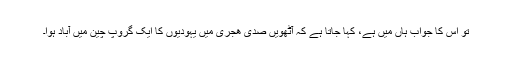
تو اس کا جواب ہاں میں ہے، کہا جاتا ہے کہ آٹھویں صدی ھجری میں یہودیوں کا ایک گروپ چین میں آباد ہوا۔